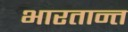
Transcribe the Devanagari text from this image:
भारतान्त